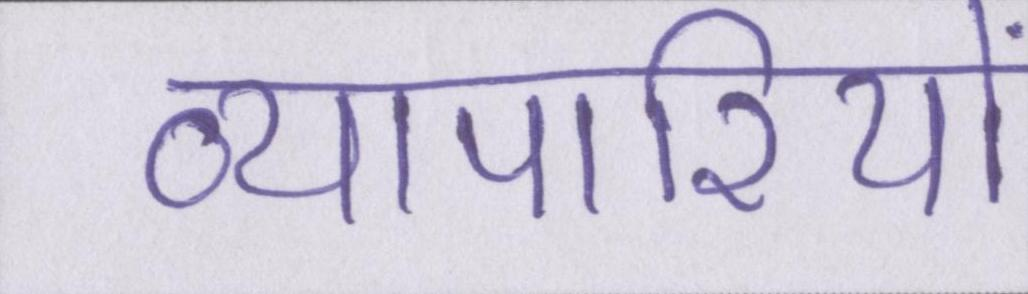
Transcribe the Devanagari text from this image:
व्यापारियों